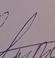
Signature authenticity: forged